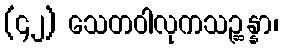
(၄၂) သေတဝါလုကသဉ္ဆန္နာ၊